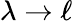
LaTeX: \lambda\to\ell